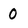
Character: 0